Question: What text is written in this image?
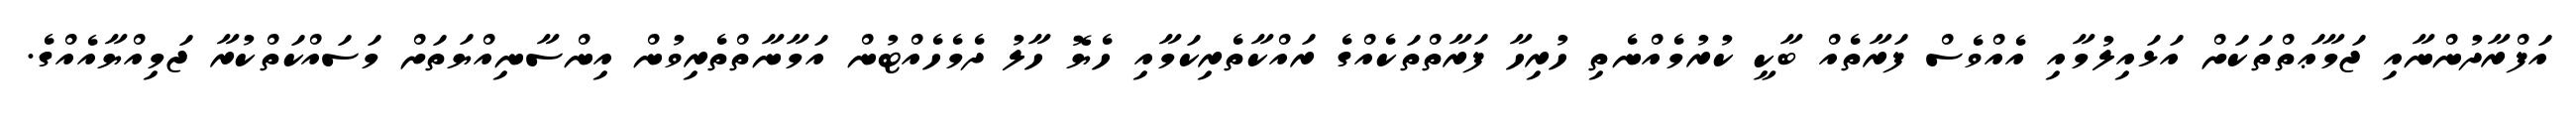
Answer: އަފްރާދުންނާއި ޖަމާޢަތްތަކަށް އަޅައިލުމާއި އެއްވެސް ފަރާތެއް ބާކީ ކުރުމެއްނެތި ހުރިހާ ފަރާތްތަކެއްގެ ރައްކާތެރިކަމާއި ހެޔޮ ހާލު ދެމެހެއްޓުން އަމާނާތްތެރިވުން އިންސާނިއްޔަތަށް މަސައްކަތްކުރާ ޖަމިއްޔާއެއްގެ.